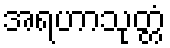
အရဟာသုတ္တံ